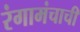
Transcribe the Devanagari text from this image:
रंगामंचाची